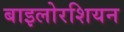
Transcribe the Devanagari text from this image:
बाइलोरशियन